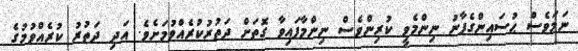
ނަމަވެސް ޙުސައިންގެފާނު ނިންމެވީ ކުރިންވެސް ނިންމާފައިވާ ގޮތަށް ދަތުރުކުރެއްވުމަށެވެ. އަދި ދަތުރު ކުރެއްވުމުގެ